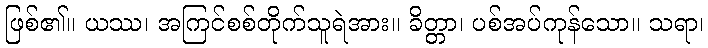
ဖြစ်၏။ ယဿ၊ အကြင်စစ်တိုက်သူရဲအား။ ခိတ္တာ၊ ပစ်အပ်ကုန်သော။ သရာ၊